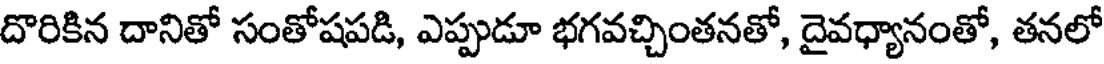
దొరికిన దానితో సంతోషపడి, ఎప్పుడూ భగవచ్చింతనతో, దైవధ్యానంతో, తనలో